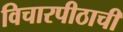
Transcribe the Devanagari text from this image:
विचारपीठाची